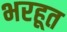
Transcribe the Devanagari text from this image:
भरहूत